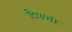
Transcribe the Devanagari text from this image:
टिपणी